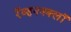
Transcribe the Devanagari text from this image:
रॅव्हननक्लॉ